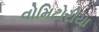
વોમિટોરીયા